Report of the Municipal Commissioner on the plague in Bombay for the year ending 31st May... - Volume 3
Disease focus: Plague
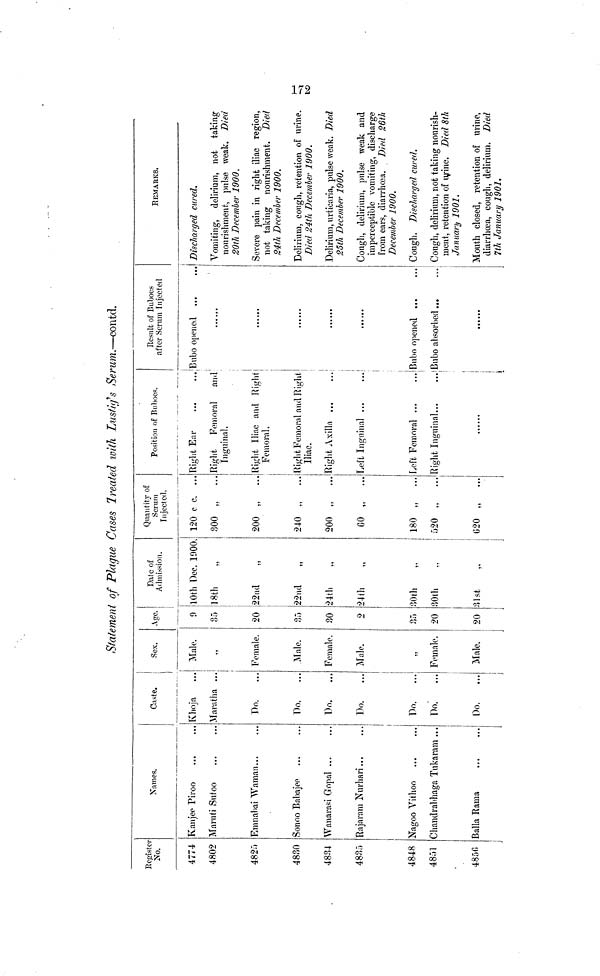
Statement of Plague Cases Treated with Lustig's Serum.—contd.
Register
No.
4774
4802
4825
4830
4884
4835
4848
4851
4856
Names.
Kanjee Piroo
Maruti Sutoo
Emnabai Waman...
Sonoo Babajee
Wanarasi Gopal ...
Rajaram Nurhari...
Nagoo Vithoo
Chandrabhaga Tukaram ...
Baila Rama
Caste.
Khoja
Maratha ...
Do.
T)o.
Do.
...
Do.
Do.
Do.
Do.
Sex.
Male.
,,
Female.
Male.
Female.
Male.
Female.
Male.
Age.
0
85
20
35
30
9
35
20
20
Date of
Admission.
10th Dec. 1000.
18th
22nd
„
22nd
„
24th
24th
:10th
30th
31st
Quantity of
Scrum
Injected.
120 c c. ...
300 „
...
200 „
...
240 „
...
200 „
...
60 „
...
180 „
...
520 „
...
620 „
...
Position of Buboes.
Right Ear
Right
Femoral
and
inguinal.
Right Iliac and Right
Femoral.
Right Femoral and Right
Iliac.
Right Axilla
Left Inguinal ...
Left Femoral ...
Right Inguinal...
...
Result of Buboes
after Serum Injected
Bubo opened ...
......
Bubo opened ...
Bubo absorbed...
REMARKS.
Discharged cured.
Vomiting, delirium, not taking
nourishment, pulse weak. Died
20th December 1900.
Severe pain in right iliac region,
not taking nourishment. Died
24th December 1900.
Delirium, cough, retention of urine.
Died 24th December 1900.
Delirium, urticaria, pulse weak. Died
25th December 1900.
Cough, delirium, pulse weak and
imperceptible vomiting, discharge
from ears, diarrhoea.
Died 26th
December 1900.
Cough. Discharged cured.
Cough, delirium, not taking nourish-
ment, retention of urine. Died 8th
January 1901.
Mouth closed, retention of urine,
diarrhoea, cough, delirium. Died
7th Januar}/ 1901.
172